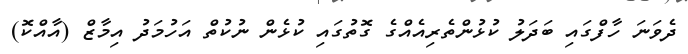
ދެވަނަ ހާފްގައި ބަދަލު ކުޅުންތެރިއެއްގެ ގޮތުގައި ކުޅެން ނުކުތް އަހުމަދު އިމާޒް (އާއްކޮ)